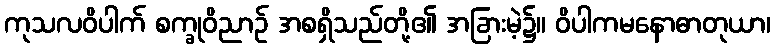
ကုသလဝိပါက် စက္ခုဝိညာဉ် အစရှိသည်တို့၏ အခြားမဲ့၌။ ဝိပါကမနောဓာတုယာ၊